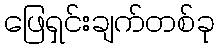
ဖြေရှင်းချက်တစ်ခု